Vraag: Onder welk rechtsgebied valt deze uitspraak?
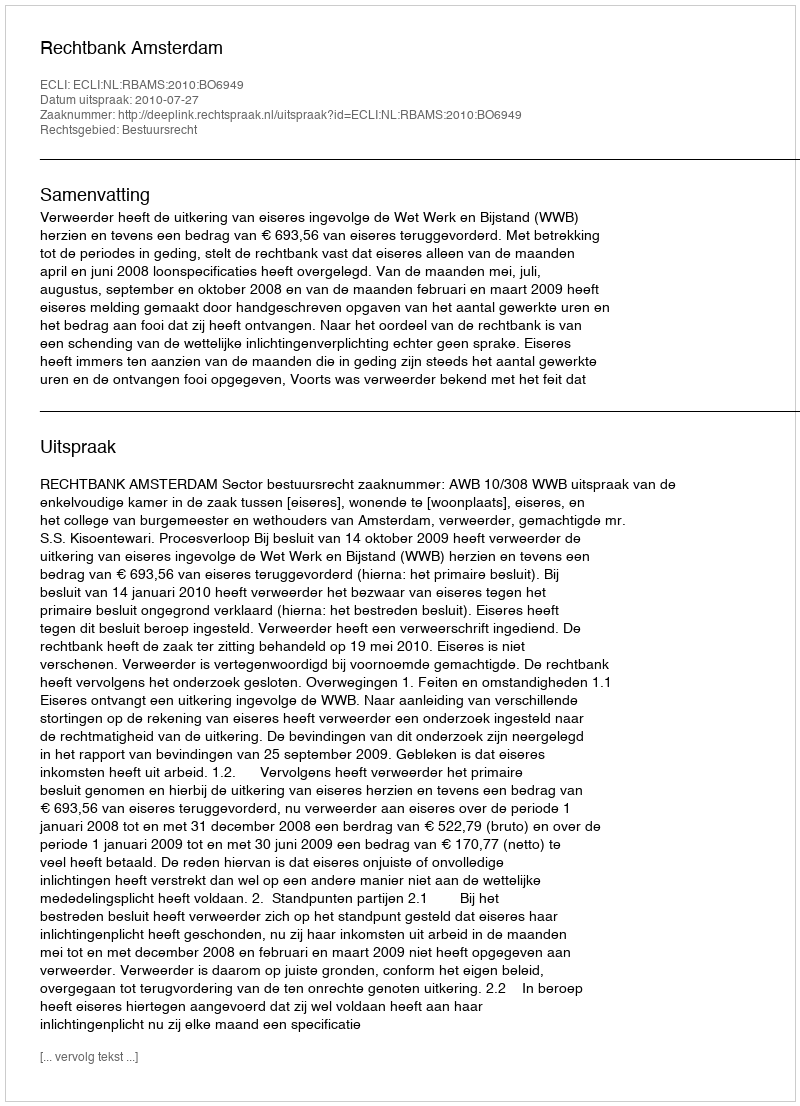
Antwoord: Bestuursrecht